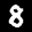
Label: 8